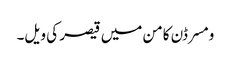
ومسرڈن کامن میں قیصر کی ویل۔